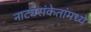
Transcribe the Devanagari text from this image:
नाट्यसंकेतांमध्ये